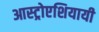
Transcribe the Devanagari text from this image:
आस्ट्रोएशियायी